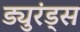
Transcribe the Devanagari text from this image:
ड्युरंड्स